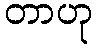
တာဟု